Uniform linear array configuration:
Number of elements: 16
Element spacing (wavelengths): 0.75
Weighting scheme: binomial
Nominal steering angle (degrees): -60
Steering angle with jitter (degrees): -61.872
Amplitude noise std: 0.05
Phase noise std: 0.05

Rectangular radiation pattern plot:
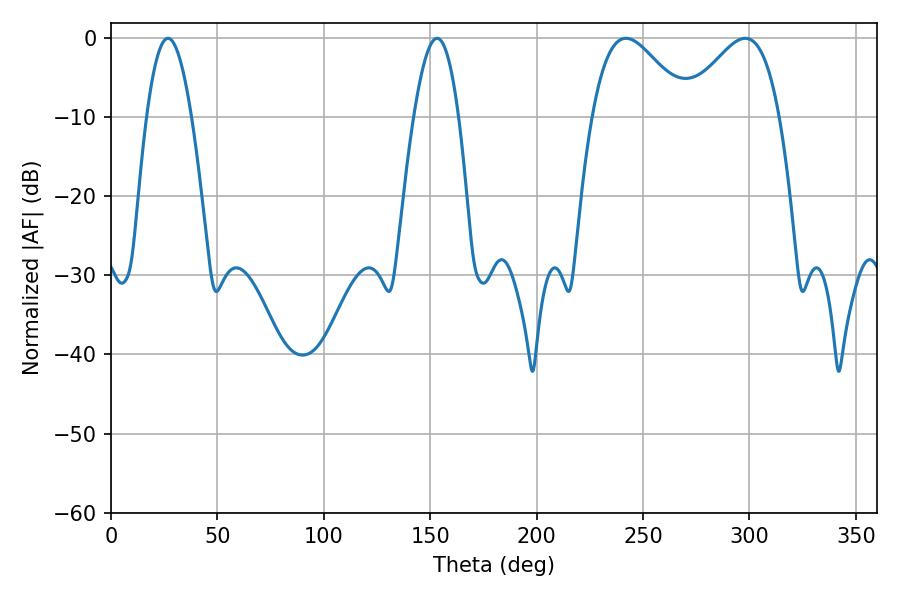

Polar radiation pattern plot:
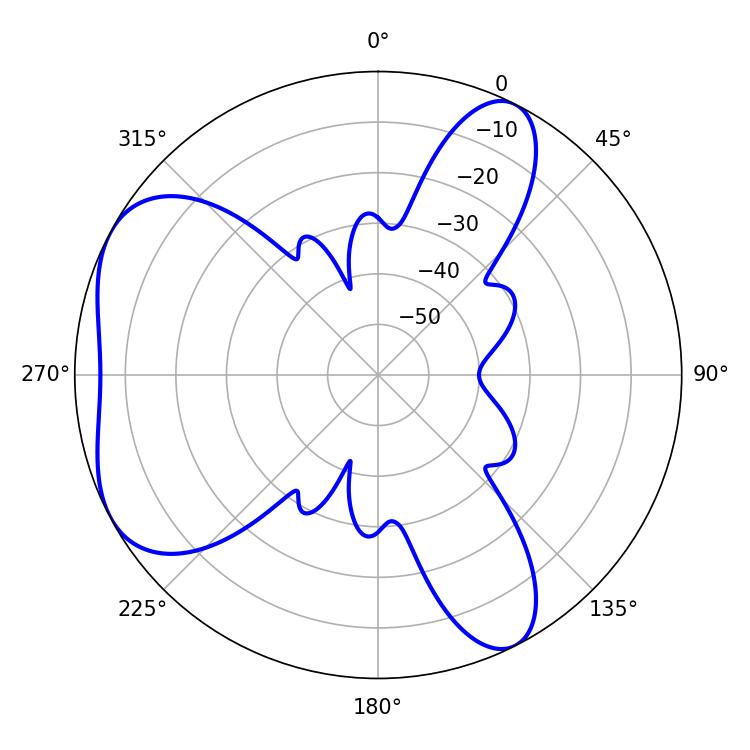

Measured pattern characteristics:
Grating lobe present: TRUE
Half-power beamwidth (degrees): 24.12
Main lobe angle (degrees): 241.92